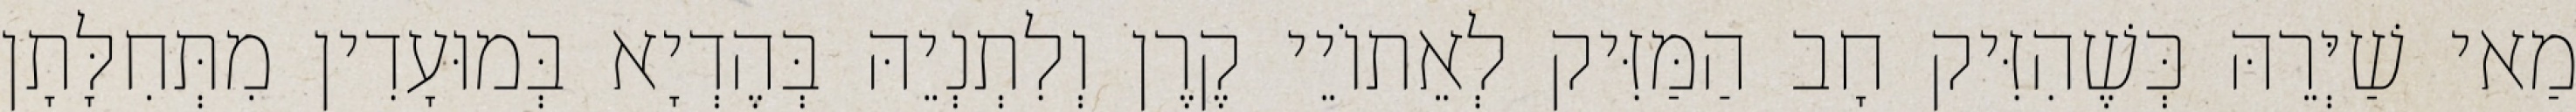
מַאי שַׁיְּרֵהּ כְּשֶׁהִזִּיק חָב הַמַּזִּיק לְאֵתוֹיֵי קֶרֶן וְלִתְנְיֵהּ בְּהֶדְיָא בְּמוּעָדִין מִתְּחִלָּתָן